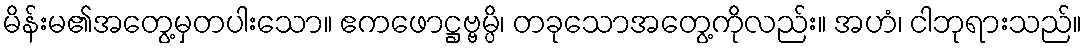
မိန်းမ၏အတွေ့မှတပါးသော။ ဧကဖောဋ္ဌဗ္ဗမ္ပိ၊ တခုသောအတွေ့ကိုလည်း။ အဟံ၊ ငါဘုရားသည်။